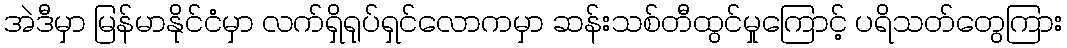
အဲဒီမှာ မြန်မာနိုင်ငံမှာ လက်ရှိရုပ်ရှင်လောကမှာ ဆန်းသစ်တီထွင်မှုကြောင့် ပရိသတ်တွေကြား